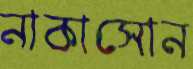
নাকাসোন